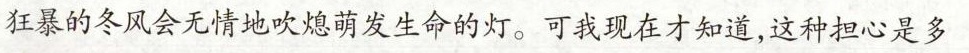
狂暴的冬风会无情地吹熄萌发生命的灯。可我现在才知道，这种担心是多